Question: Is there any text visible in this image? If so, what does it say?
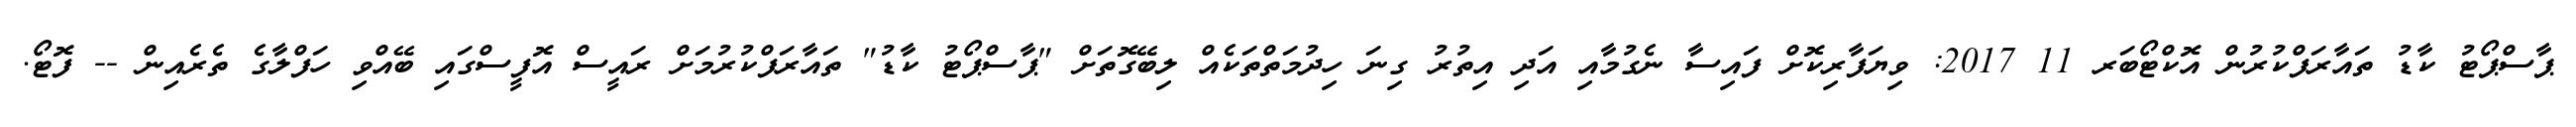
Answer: ޕާސްޕޯޓު ކާޑު ތައާރަފްކުރުން އޮކްޓޯބަރ 11 2017: ވިޔަފާރިކޮށް ފައިސާ ނެގުމާއި އަދި އިތުރު ގިނަ ހިދުމަތްތަކެއް ލިބޭގޮތަށް "ޕާސްޕޯޓު ކާޑު" ތައާރަފްކުރުމަށް ރައީސް އޮފީސްގައި ބޭއްވި ހަފްލާގެ ތެރެއިން -- ފޮޓޯ.